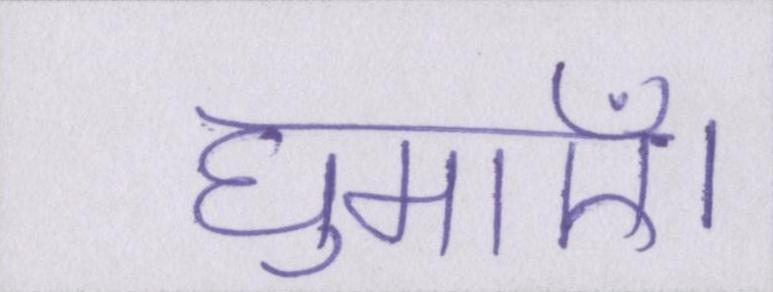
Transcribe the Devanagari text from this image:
घुमाएँ।